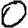
Digit: 0